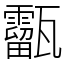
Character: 㽌